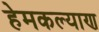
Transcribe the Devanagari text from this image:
हेमकल्याण